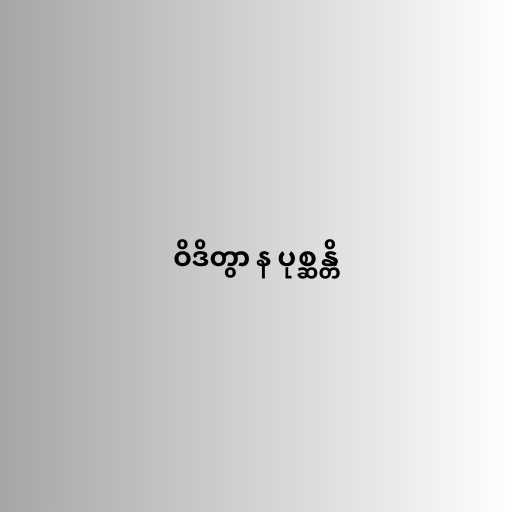
ဝိဒိတွာ န ပုစ္ဆန္တိ